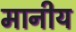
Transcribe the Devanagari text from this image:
मानीय